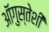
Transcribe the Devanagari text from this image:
ऑगुस्तेशी